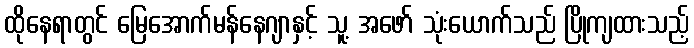
ထိုနေရာတွင် မြေအောက်မန်နေဂျာနှင့် သူ့ အဖော် သုံးယောက်သည် ပြိုကျထားသည့်